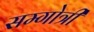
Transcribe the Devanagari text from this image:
सम्गोत्री